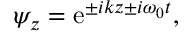
\begin{array} { r } { \psi _ { z } = \mathrm { e } ^ { \pm i k z \pm i \omega _ { 0 } t } , } \end{array}